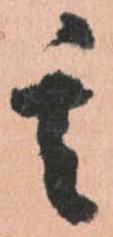
其